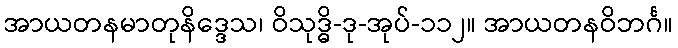
အာယတနမာတုနိဒ္ဒေသ၊ ဝိသုဒ္ဓိ-ဒု-အုပ်-၁၁၂။ အာယတနဝိဘင်္ဂ။